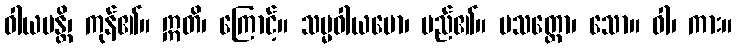
ဝါယမန္တိ၊ ကုန်၏။ ဣတိ၊ ကြောင့်။ သမ္မဝါယမော၊ မည်၏။ ပသတ္တော၊ သော။ ဝါ၊ ကား။